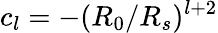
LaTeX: c_{l}=-(R_{0}/R_{s})^{l+2}